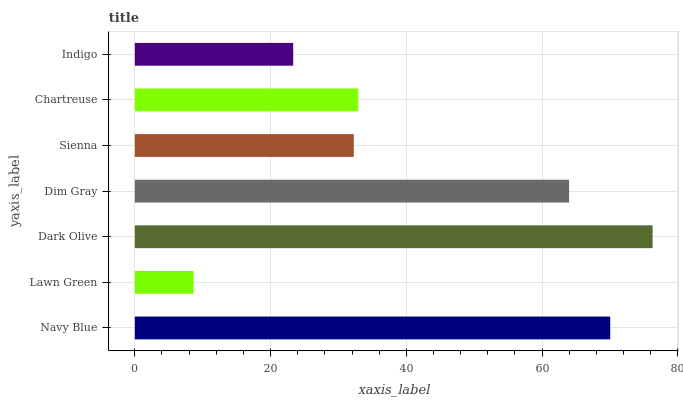
| yaxis_label | bars |
 | --- | --- |
 | Navy Blue | 70 |
 | Lawn Green | 8.65 |
 | Dark Olive | 76.3 |
 | Dim Gray | 64 |
 | Sienna | 32.3 |
 | Chartreuse | 32.9 |
 | Indigo | 23.3 |